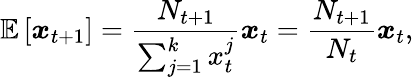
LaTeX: \mathbb E\left[\boldsymbol{x}_{t+1}\right]=\frac{N_{t+1}}{\sum_{j=1}^{k}x_{t}^{j}}\boldsymbol x_{t}=\frac{N_{t+1}}{N_{t}}\boldsymbol x_{t},